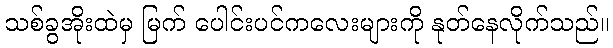
သစ်ခွအိုးထဲမှ မြက် ပေါင်းပင်ကလေးများကို နုတ်နေလိုက်သည်။